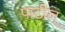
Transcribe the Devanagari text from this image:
पाटील्